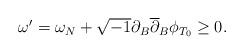
LaTeX: \begin{align*}\begin{array}[c]{c}\omega^{\prime}=\omega_{N}+\sqrt{-1}\partial_{B}\overline{\partial}_{B}\phi_{T_{0}}\geq0.\end{array}\end{align*}